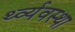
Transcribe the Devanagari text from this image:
र्थ्व्यवस्था